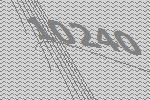
10240